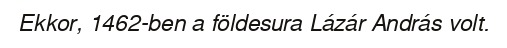
Ekkor, 1462-ben a földesura Lázár András volt.